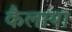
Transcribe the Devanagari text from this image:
कैलाया